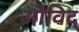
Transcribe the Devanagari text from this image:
ओविद्